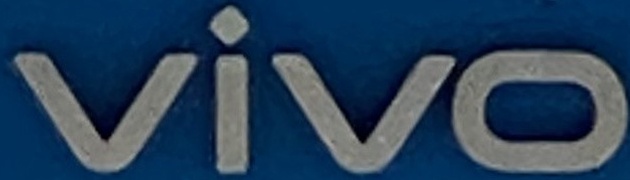
VIVO